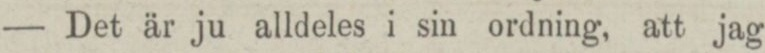
— Det är ju alldeles i sin ordning, att jag